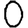
Digit: 0